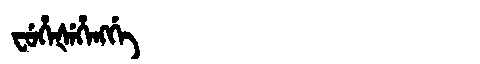
Manchu: ᠸᡠᡥᡝᡧᡝᡥᡝᠩᡤᡝ
Romanization: FUHEŠEHENGGE